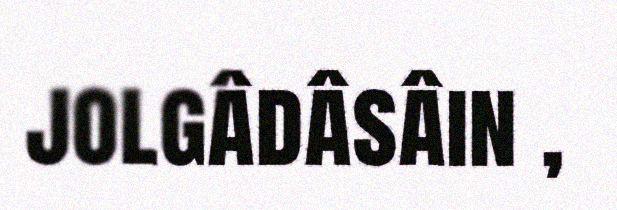
jolgâdâsâin ,